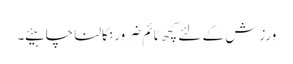
ورزش کے لئے کچھ ٹائم ضرور نکالنا چاہیئے ۔